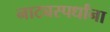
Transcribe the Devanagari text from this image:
नाट्यस्पर्धांना